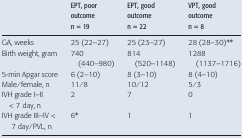
|  | EPT, poor outcome n = 19 | EPT, good outcome n = 22 | VPT, good outcome n = 8 |
 | --- | --- | --- | --- |
 | GA, weeks | 25 (22–27) | 25 (23–27) | 28 (28–30)** |
 | Birth weight, gram | 740 (440–980) | 814 (520–1148) | 1288 (1137–1716) |
 | 5-min Apgar score | 6 (2–10) | 8 (3–10) | 8 (4–10) |
 | Male/female, n | 11/8 | 10/12 | 5/3 |
 | IVH grade I–II < 7 day, n | 2 | 7 | 0 |
 | IVH grade III–IV < 7 day/PVL, n | 6* | 1 | 1 |